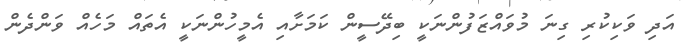
އަދި ވަކިކުރި ގިނަ މުވައްޒަފުންނަކީ ބިދޭސީން ކަމަށާއި އެމީހުންނަކީ އެތައް މަހެއް ވަންދެން